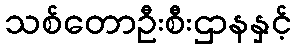
သစ်တောဦးစီးဌာနနှင့်